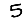
Digit: 5